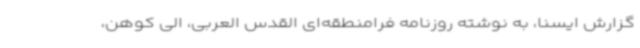
گزارش ایسنا، به نوشته روزنامه فرامنطقه‌ای القدس العربی، الی کوهن،